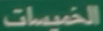
الخُبِسَات